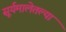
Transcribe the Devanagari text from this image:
सूर्यमालेतल्या